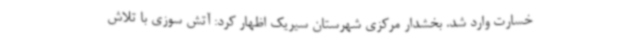
خسارت وارد شد. بخشدار مرکزی شهرستان سیریک اظهار کرد: آتش سوزی با تلاش